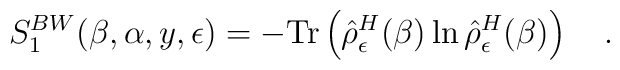
S_1^{BW}(\beta,\alpha,y,\epsilon)=	-\mbox{Tr}\left(\hat{\rho}^H_\epsilon	(\beta)\ln\hat{\rho}^H_\epsilon(\beta)\right)~~~.